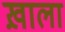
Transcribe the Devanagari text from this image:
ख़ाला